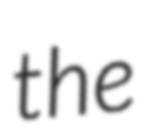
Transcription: the